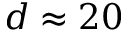
d \approx 2 0